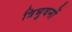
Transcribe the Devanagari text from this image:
त्रिभुवनों